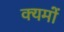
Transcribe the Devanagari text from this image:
क्यमों